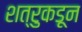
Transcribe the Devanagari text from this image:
शत्रुकडून